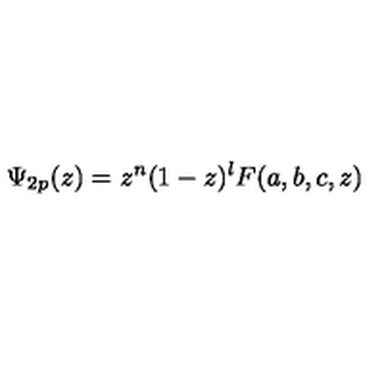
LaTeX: \Psi _ { 2 p } ( z ) = z ^ { n } ( 1 - z ) ^ { l } F ( a , b , c , z )